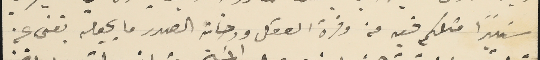
سَيىداً مثلكم فيه من وفرة العقل ورحابة الصدر ما يجعله بغنى عن